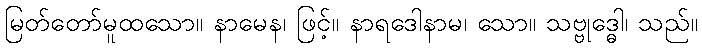
မြတ်တော်မူထသော။ နာမေန၊ ဖြင့်။ နာရဒေါနာမ၊ သော။ သဗ္ဗုဒ္ဓေါ၊ သည်။